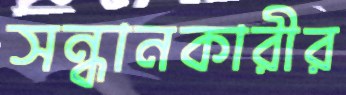
সন্ধানকারীর